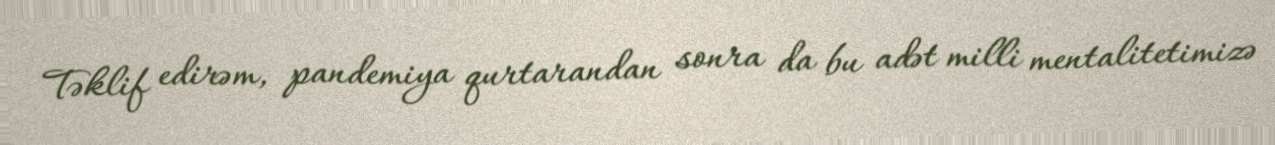
Təklif edirəm, pandemiya qurtarandan sonra da bu adət milli mentalitetimizə